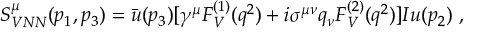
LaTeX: S _ { V N N } ^ { \mu } ( p _ { 1 } , p _ { 3 } ) = \bar { u } ( p _ { 3 } ) [ \gamma ^ { \mu } F _ { V } ^ { ( 1 ) } ( q ^ { 2 } ) + i \sigma ^ { \mu \nu } q _ { \nu } F _ { V } ^ { ( 2 ) } ( q ^ { 2 } ) ] I u ( p _ { 2 } ) ~ ,